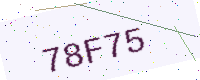
Text: 78F75